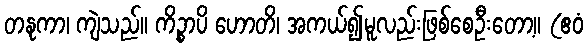
တနုကာ၊ ကျဲသည်။ ကိဉ္စာပိ ဟောတိ၊ အကယ်၍မူလည်းဖြစ်စေဦးတော့။ (ဧဝံ